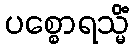
ပစ္စောရသ္မိံ